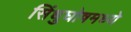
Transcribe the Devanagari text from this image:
सिंधुघोषमध्ये